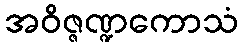
အဝိဇ္ဇဏ္ဍကောသံ